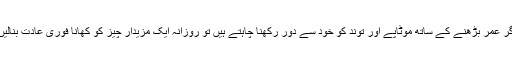
اگر عمر بڑھنے کے ساتھ موٹاپے اور توند کو خود سے دور رکھنا چاہتے ہیں تو روزانہ ایک مزیدار چیز کو کھانا فوری عادت بنالیں۔